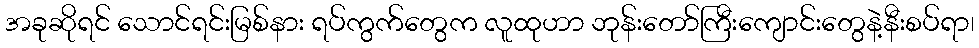
အခုဆိုရင် သောင်ရင်းမြစ်နား ရပ်ကွက်တွေက လူထုဟာ ဘုန်းတော်ကြီးကျောင်းတွေနဲ့နီးစပ်ရာ၊